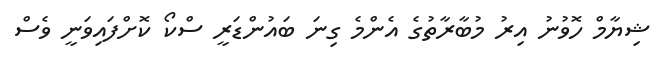
ޝިޔާމް ހޮވުނު އިރު މުބާރާތުގެ އެންމެ ގިނަ ބައުންޑަރީ ސްކޯ ކޮށްފައިވަނީ ވެސް